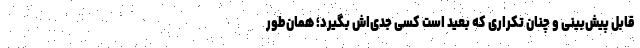
قابل پیش‌بینی و چنان تکراری که بعید است کسی جدی‌اش بگیرد؛ همان‌طور